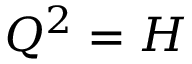
Q ^ { 2 } = H